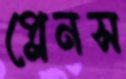
প্লেনস